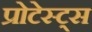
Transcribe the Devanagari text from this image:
प्रोटेस्ट्स